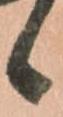
候